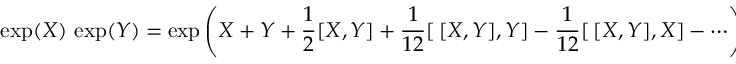
\exp ( X ) \, \exp ( Y ) = \exp \left( X + Y + { \frac { 1 } { 2 } } [ X , Y ] + { \frac { 1 } { 1 2 } } [ \, [ X , Y ] , Y ] - { \frac { 1 } { 1 2 } } [ \, [ X , Y ] , X ] - \cdots \right) ,